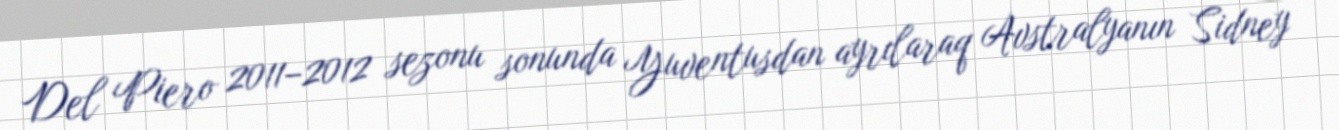
Del Piero 2011–2012 sezonu sonunda Yuventusdan ayrılaraq Avstralyanın Sidney